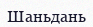
Шаньдань